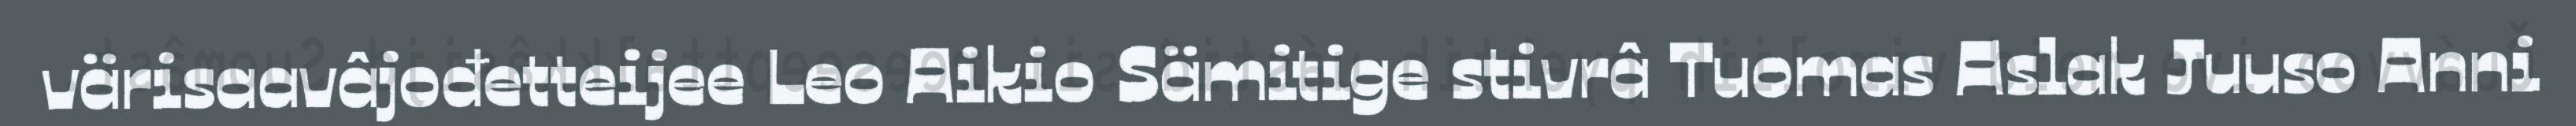
värisaavâjođetteijee Leo Aikio Sämitige stivrâ Tuomas Aslak Juuso Anni